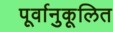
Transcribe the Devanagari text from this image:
पूर्वानुकूलित